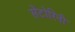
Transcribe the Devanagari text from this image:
सेंटोरिनी